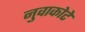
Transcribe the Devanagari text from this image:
नुवाकोटे